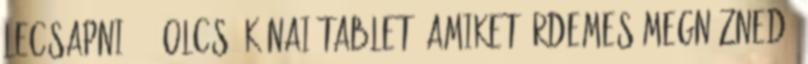
lecsapni 7 1 olcsó kínai tablet, amiket érdemes megnézned,